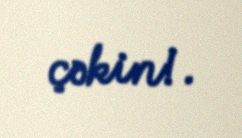
çəkin!.